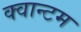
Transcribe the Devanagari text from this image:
क्‍वान्‍टम